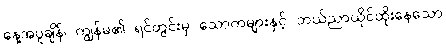
နေ့အပူချိန်၊ ကျွန်မ၏ ရင်တွင်းမှ သောကများနှင့် ဘယ်ညာယိုင်ထိုးနေသော